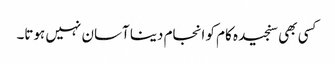
کسی بھی سنجیدہ کام کو انجام دینا آسان نہیں ہوتا۔